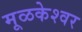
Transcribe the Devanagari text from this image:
मूळकेश्वर